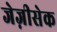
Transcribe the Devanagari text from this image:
जेज़ीसेक